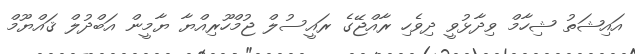
އައިޝަތު ޝިހާމް ވިދާޅުވީ ދިވެހި ރާއްޖޭގެ ރައީސުލް ޖުމްހޫރިއްޔާ ޔާމީން އަބްދުލް ޤައްޔޫމް